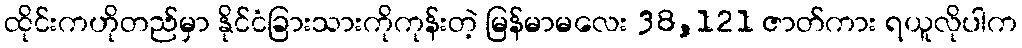
ထိုင်းကဟိုတည်မှာ နိုင်ငံခြားသားကိုကုန်းတဲ့ မြန်မာမလေး 38,121 ဇာတ်ကား ရယူလိုပါက